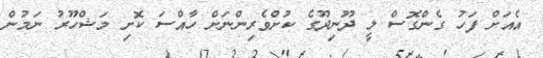
އެއަށް ފަހު ގެންގޮސް ލީ ދޫނިދޫގެ ކުށްވެރިންނަށް ހާއްސަ ކޮށި މަޝްހޫރު ނަމުން